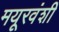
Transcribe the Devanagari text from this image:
मयूरवंशी